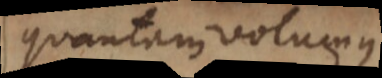
quantum volumus